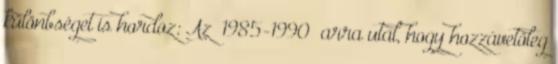
különbséget is hordoz: Az „1985-1990” arra utal, hogy hozzávetőleg